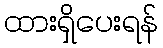
ထားရှိပေးရန်